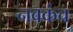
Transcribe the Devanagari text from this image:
नवकंच